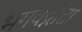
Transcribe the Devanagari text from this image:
भगवद्नीता